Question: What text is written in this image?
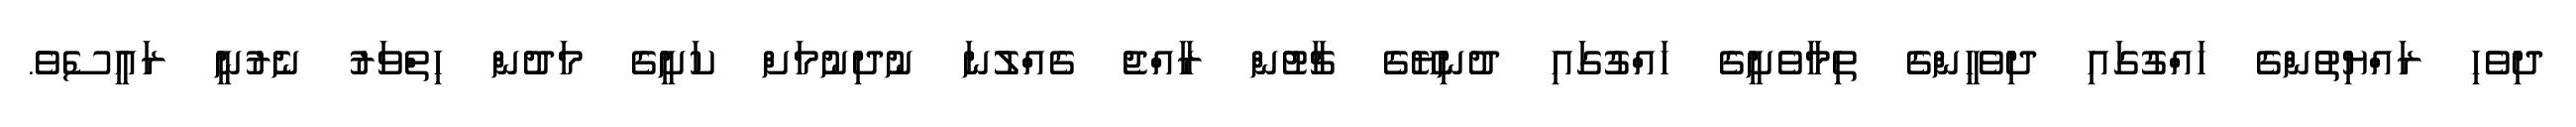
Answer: ދިވެހި ރައްޔިތުންގެ ހައްގުގައި ދިވެހީންގެ ތިމާވެށީގެ ހައްގުގައި ދުނިޔޭގެ ޗާޓުން ރާއްޖެ ގެއްލުނަ ނުދިނުމަށް ކަށީގެ މަދުން ހިތްވަރު ނެރުނީ ރައީސެވެ.